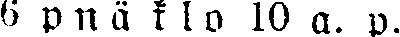
6 p n ä k l o 10 a. p.